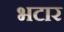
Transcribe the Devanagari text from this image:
भटार